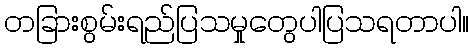
တခြားစွမ်းရည်ပြသမှုတွေပါပြသရတာပါ။